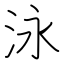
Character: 泳